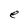
Character: e